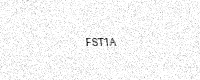
Text: FST1A